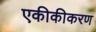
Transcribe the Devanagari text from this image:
एकीकीकरण